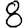
Digit: 8